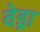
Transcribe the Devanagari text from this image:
वेड्रा